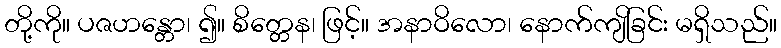
တို့ကို။ ပဇဟန္တော၊ ၍။ စိတ္တေန၊ ဖြင့်။ အနာဝိလော၊ နောက်ကျိခြင်း မရှိသည်။